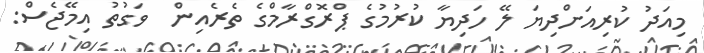
މިއަދު ކުރިއަށްދިޔަ ލޭ ހަދިޔާ ކުރުމުގެ ޕްރޮގްރާމްގެ ތެރެއިން  ވަގުތު އިމޭޖެސް: